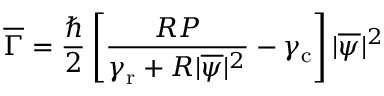
\overline { { \Gamma } } = \frac { \hbar } { 2 } \left[ \frac { R P } { \gamma _ { \mathrm { r } } + R | \overline { { \psi } } | ^ { 2 } } - \gamma _ { \mathrm { c } } \right] | \overline { { \psi } } | ^ { 2 }